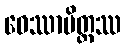
ဝေဿာမိတ္တဿ